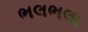
ભલભલા